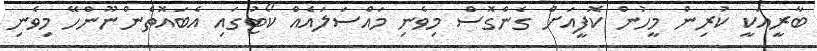
ބާރީއަކީ ކުރިން މީހުން ކޮފީއަށް ގެންގޮސް މިވެނި މައްސަލައެއް ކޯޓުގައި އެބައޮތެންނޫންހޭ މިވެނި